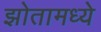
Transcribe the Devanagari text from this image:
झोतामध्ये